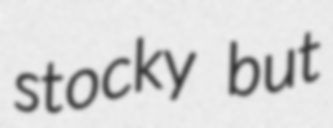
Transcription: stocky but